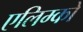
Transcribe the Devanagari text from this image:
एलिम्को